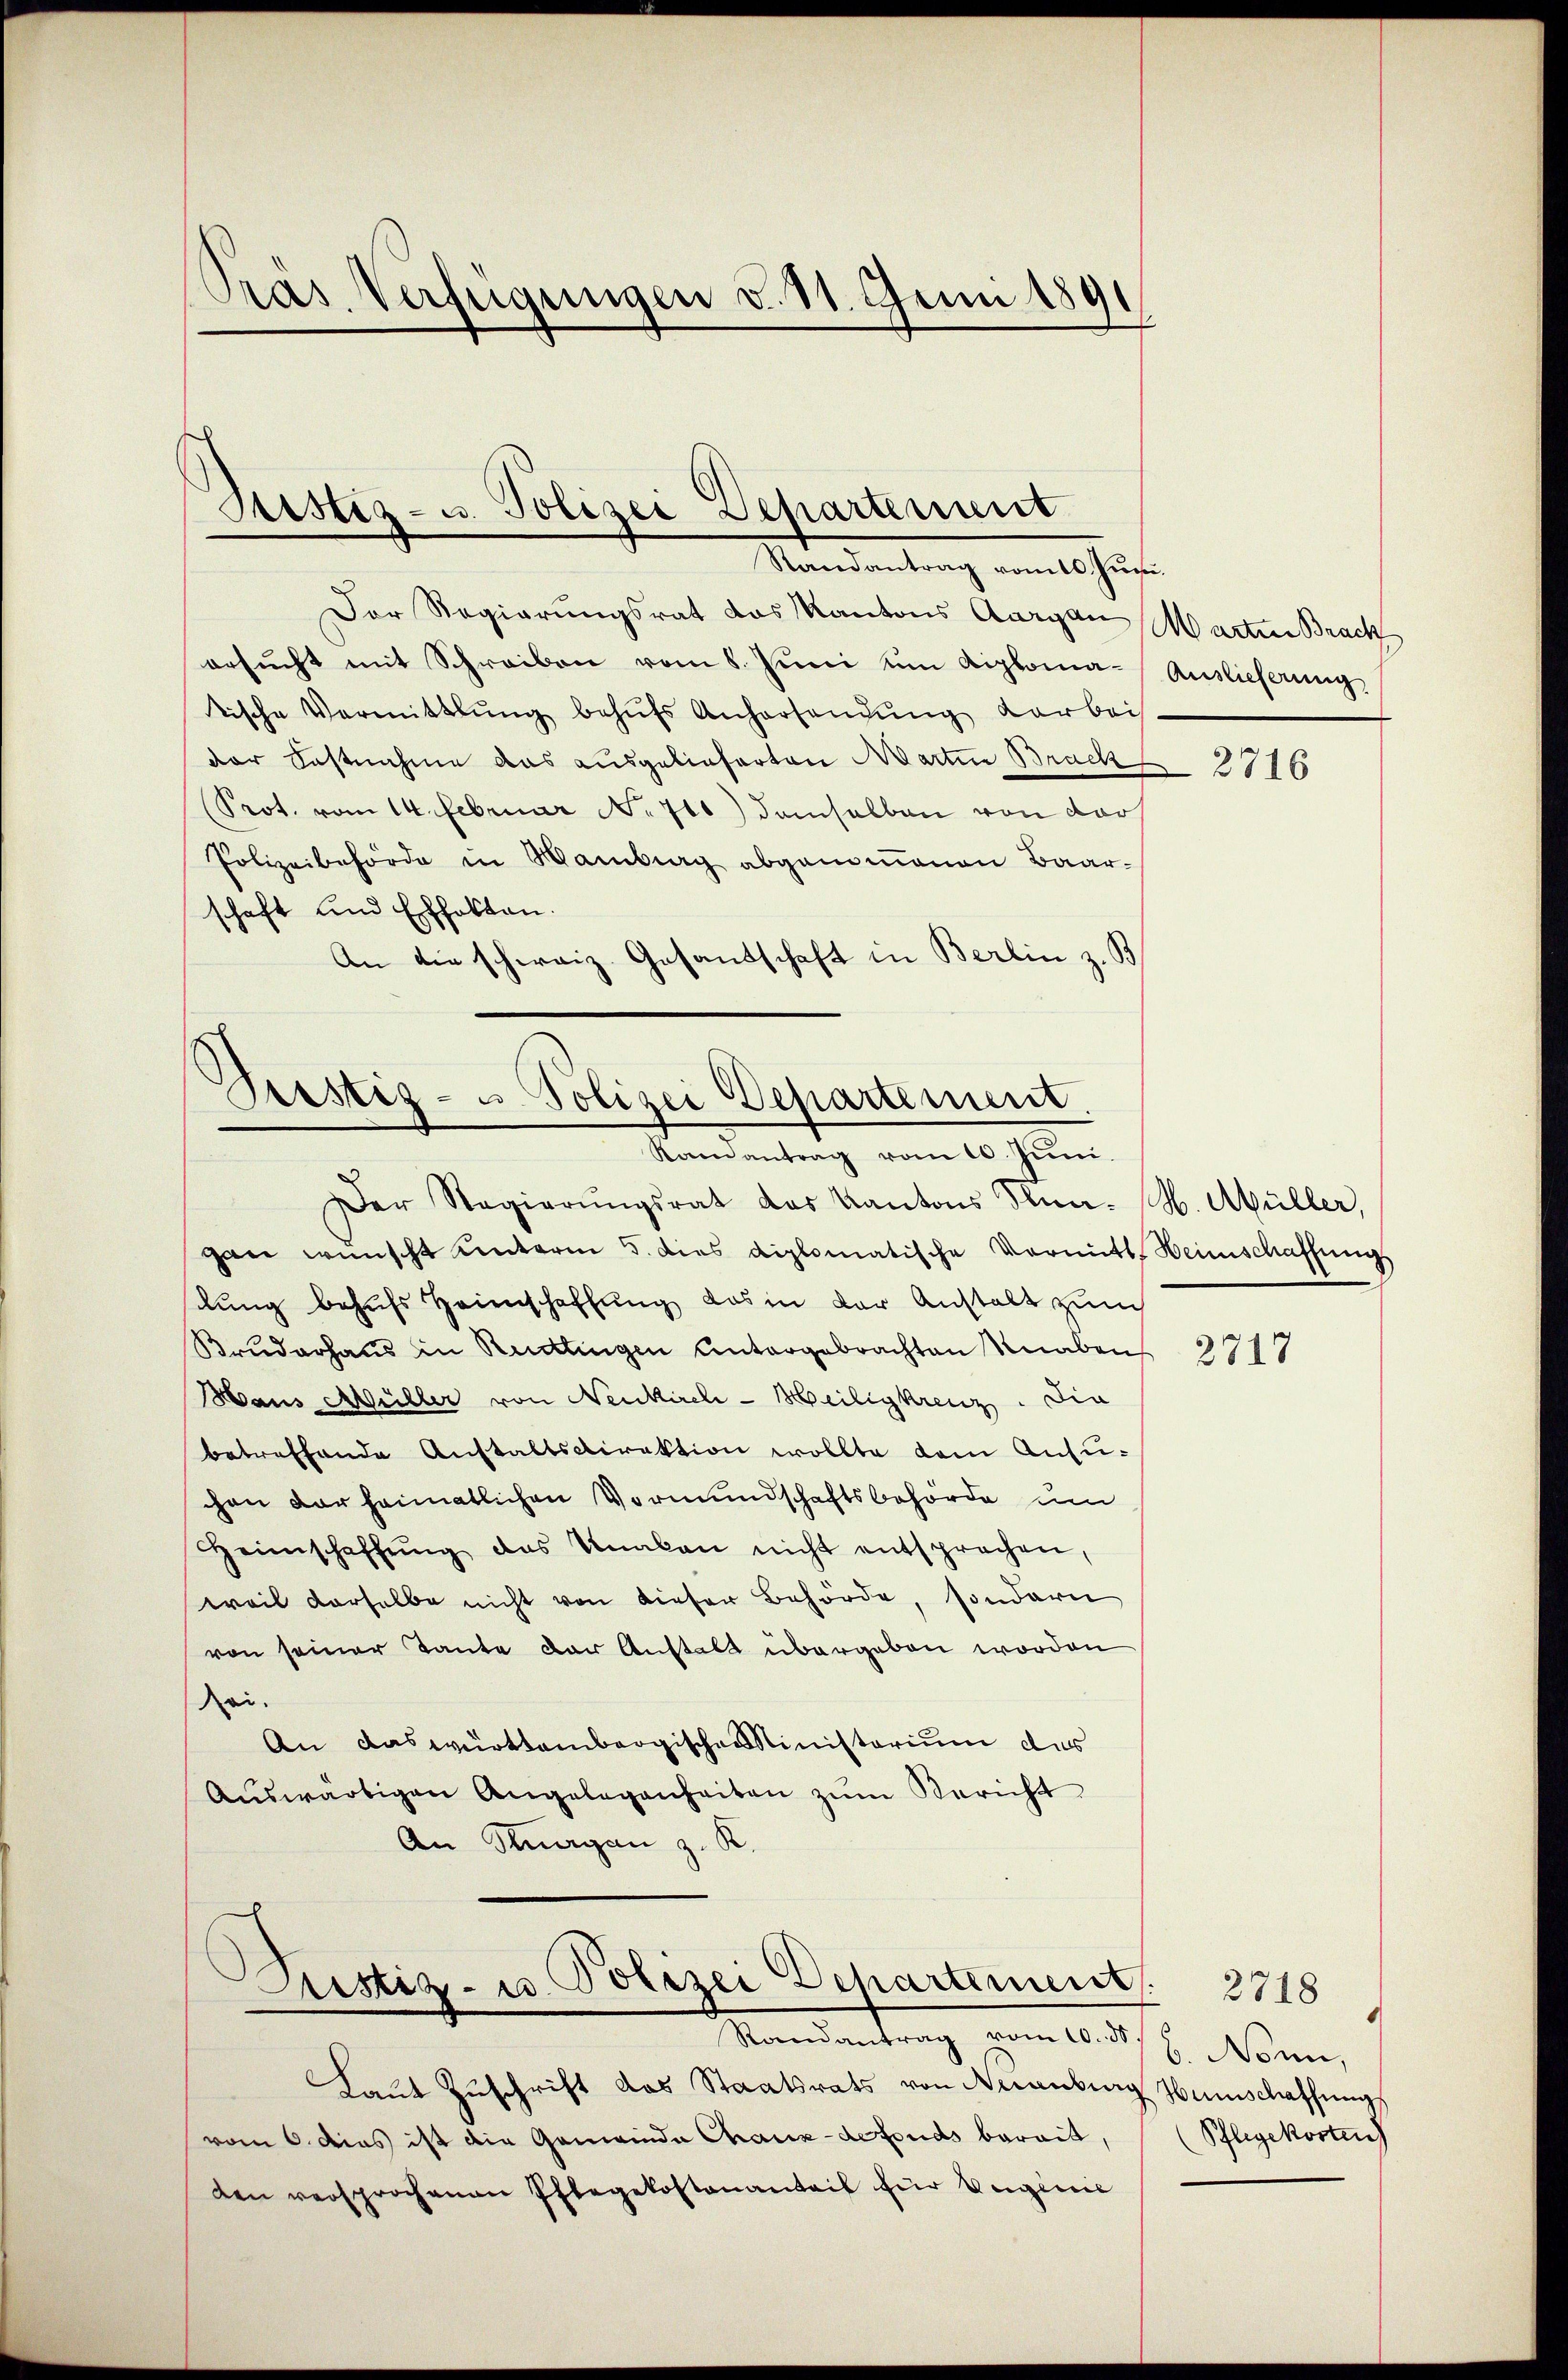
Pras Verfügungen v. 11. Juni 1891

Sistiz- u. Polizei Departement
Randantrag vom 10. Juni.

Der Regierungsrat das Kantons Aargau
ersucht mit Schreiben vom 8. Juni um Liploma-Auslieferung,
tische Vermittlung behŭfs Anhersendung darbei
der Fastnahme das ausgelieferten Martin Brach
Prot. vom 14. Februar No 711) demselben von dars
Polizeibehörde in Wamberg abgenommenen Baarschaft und Erhalten.
An die schweiz. Gesandschaft in Berlin z. B.

Seestiz- u Polizei Departement.
Randantrag vom 10. Jŭni.

Der Regierŭngsrat das Kantons Senn- N. Müller,
gan wünscht unterm 5. dies diplomatische Vormitt. Heimschaffungs
slung behufs Heinschaffung das in der Anstalt zum
Bruderhaus in Rüdlingen Antargebrachten Knaben
Haus Müller von Neukirch-Meiligkreuz. Die
betreffende Anstaltsdirektion wollte dem Ansuchen dar heimatlichen Vormundschaftsbehörde um
Heimschaffŭng das Unakan nicht entsprochen,
weil derselbe nicht von dieser Behörde, sondern
von seiner Tante der Anstalt übergeben worden
sei.
An das württembergischen Ministerium das
Aŭswärtigen Angelegenheiten zum Bericht
An Klagen z. K.

Justiz- u. Polizei Departement.

Mandantrag vom 10. d. 7. Nonn,
Laut Zuschrift das Staatsrats von Nuanburg Humschaffung
vom 6. dies ist die Gemeinde Chaux-defonds berait,
den versprochenen Pflegekostenantait für Eigenie

Marten Brack

2716

2717

2718
Pflegekostens